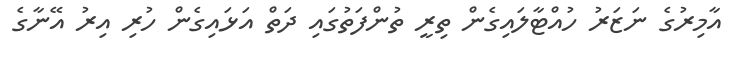
އާމިރުގެ ނަޒަރު ހުއްޓާލައިގެން ތިރީ ތުންފަތުގައި ދަތް އަޅައިގެން ހުރި އިރު އޭނާގެ